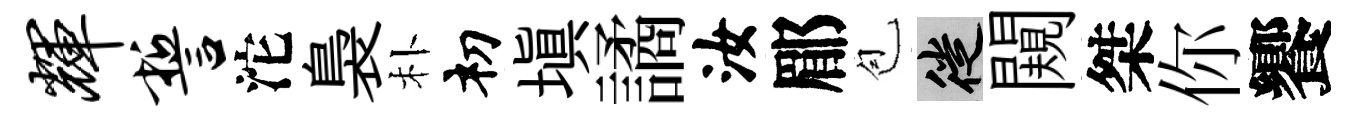
辉誓沱裊朴𥘉填譎汝郿苞徙闚桀你饗